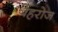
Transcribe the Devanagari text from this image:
बेहरोज